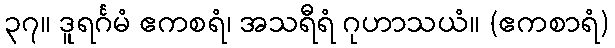
၃၇။ ဒူရင်္ဂမံ ဧကစရံ၊ အသရီရံ ဂုဟာသယံ။ (ဧကစာရံ)